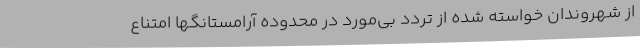
از شهروندان خواسته شده از تردد بی‌مورد در محدوده آرامستانگها امتناع